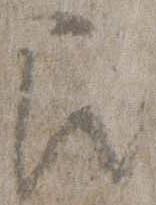
召